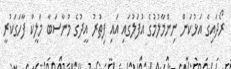
ރޯދައިގެ އަޅުކަން ނިންމާލުމުގެ އުފަލުގައި އައި ފިތުރު އީދުގެ މުނާސަބާ މަލީކް ފާހަގަކުރީ